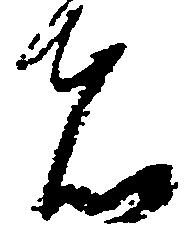
者